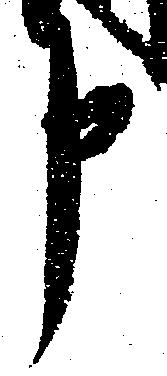
申